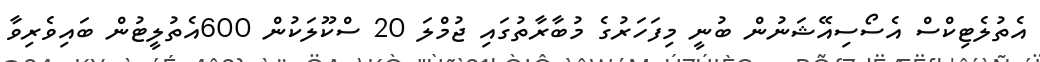
އެތުލެޓިކްސް އެސޯސިއޭޝަނުން ބުނީ މިފަހަރުގެ މުބާރާތުގައި ޖުމްލަ 20 ސްކޫލަކުން 600އެތުލީޓުން ބައިވެރިވާ